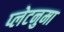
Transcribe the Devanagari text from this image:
प्‍लेटनुमा